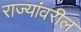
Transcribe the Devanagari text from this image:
राज्यांवरील